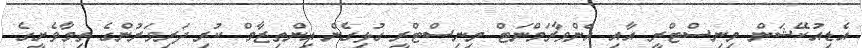
އެޑިއުކޭޝަން މިނިސްޓްރީ އާއި އެންވާރަމްނަޓް މިނިސްޓްރީ ގުޅިގެން އިންތިޒާމް ކުރި ދަރިވަރުންގެ ތިމާވެށީގެ